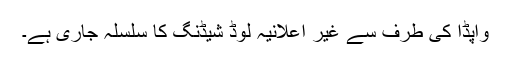
واپڈا کی طرف سے غیر اعلانیہ لوڈ شیڈنگ کا سلسلہ جاری ہے۔